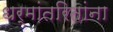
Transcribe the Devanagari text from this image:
धर्मांतरितांना